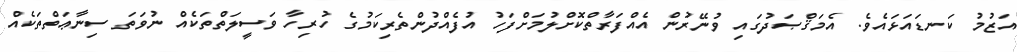
އަޒުމު ކަނޑައަޅައެވެ. އެމަޤްޞަދުގައި ވުނޭރުން އެއްފަރާތްކޮށްލުމަށްފަހު އުފެއްދުންތެރިކަމުގެ ހުރިހާ ވަސީލަތްތަކެއް ނުވަތަ ސިނާޢަތްތަކެއް